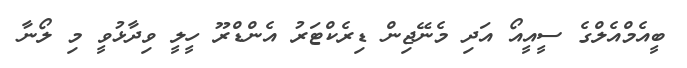
ބީއެމްއެލްގެ ސީއީއޯ އަދި މެނޭޖިން ޑިރެކްޓަރު އެންޑްރޫ ހީލީ ވިދާޅުވީ މި ލޯނާ